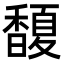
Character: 𩡘